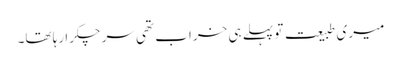
میری طبیعت تو پہلے ہی خراب تھی سر چکرا رہا تھا۔